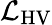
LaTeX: {\mathcal{L}}_{\mathrm{HV}}